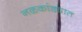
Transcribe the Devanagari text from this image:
नळकांड्यात